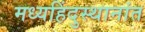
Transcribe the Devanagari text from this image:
मध्यहिंदुस्थानांत